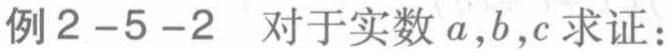
例2-5-2 对于实数 \(a,b,c\) 求证：